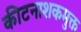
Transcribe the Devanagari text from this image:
कीटनाशकमुक्त